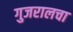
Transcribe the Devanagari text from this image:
गुजरालचा